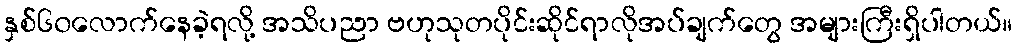
နှစ်၆၀လောက်နေခဲ့ရလို့ အသိပညာ ဗဟုသုတပိုင်းဆိုင်ရာလိုအပ်ချက်တွေ အများကြီးရှိပါတယ်။